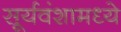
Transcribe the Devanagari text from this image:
सूर्यवंशामध्ये